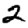
Digit: 2